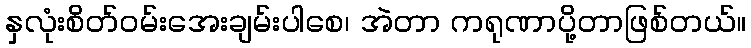
နှလုံးစိတ်ဝမ်းအေးချမ်းပါစေ၊ အဲတာ ကရုဏာပို့တာဖြစ်တယ်။